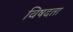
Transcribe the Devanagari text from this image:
विषदता